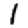
Digit: 1